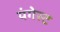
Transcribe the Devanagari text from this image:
यंगेस्ट